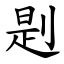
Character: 㓳